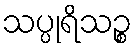
သပ္ပုရိသဉ္စ